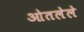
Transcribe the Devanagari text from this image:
ओतलेले